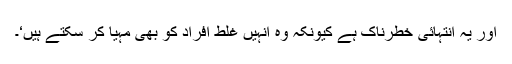
اور یہ انتہائی خطرناک ہے کیونکہ وہ انہیں غلط افراد کو بھی مہیا کر سکتے ہیں‘۔